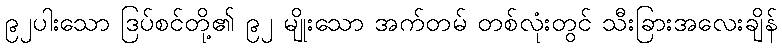
၉၂ပါးသော ဒြပ်စင်တို့၏ ၉၂ မျိုးသော အက်တမ် တစ်လုံးတွင် သီးခြားအလေးချိန်